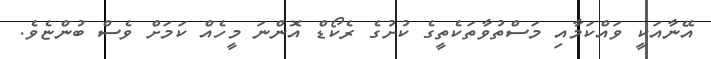
އޭނާއަކީ ވައްކަމާއި މަސްތުވާތަކެތީގެ ކުށުގެ ރެކޯޑް އޮންނަ މީހެއް ކަމަށް ވެސް ބުންޏެވެ.